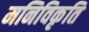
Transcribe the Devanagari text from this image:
मनिविकृति